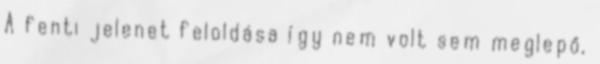
A fenti jelenet feloldása így nem volt sem meglepő,